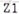
Text: Z1